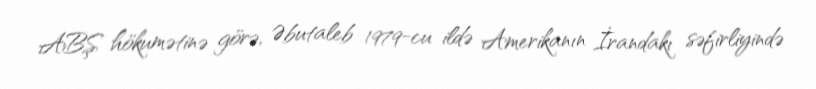
ABŞ hökumətinə görə, Əbutaleb 1979-cu ildə Amerikanın İrandakı səfirliyində